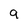
Character: 9